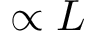
\propto L